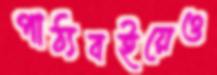
পাঠ্যবইয়েও